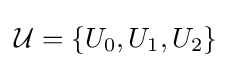
{\mathcal {U}}=\{U_{0},U_{1},U_{2}\}